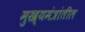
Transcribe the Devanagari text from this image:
मुख्यमंत्रांतील